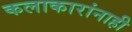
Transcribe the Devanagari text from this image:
कलाकारांनाही